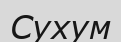
Сухум